Insane asylums Bombay 1873-77 - 1873-1877
Year: 1873
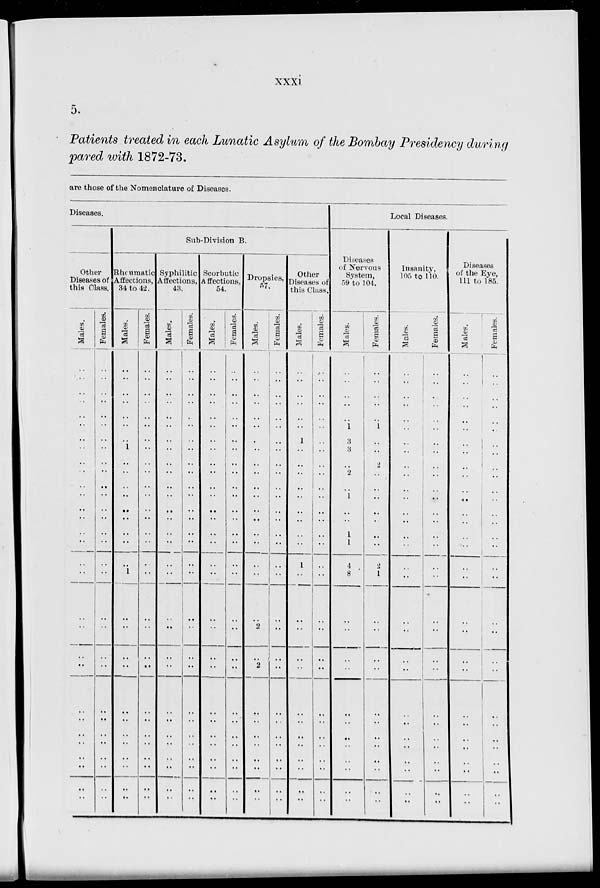
xxxi
5.
Patients treated in each Lunatic Asylum of the Bombay Presidency during
pared with 1872-73.
are those of the Nomenclature of Diseases.
Diseases.
Other
Diseases of
this Class.
Males.
..
..
..
..
..
..
..
..
..
..
..
..
..
..
..
..
..
..
..
..
..
..
..
..
..
..
..
..
..
..
Females.
..
..
..
..
..
..
..
..
..
..
..
..
..
..
..
..
..
..
..
..
..
..
..
..
..
..
..
..
..
..
Sub-Division B.
Rheumatic
Affections,
34 to 42.
Males.
..
..
..
..
..
..
..
1
..
..
..
..
..
..
..
..
..
1
..
..
..
..
..
..
..
..
..
..
..
..
Females.
..
..
..
..
..
..
..
..
..
..
..
..
..
..
..
..
..
..
..
..
..
..
..
..
..
..
..
..
..
..
Syphilitic
Affections,
43.
Males.
..
..
..
..
..
..
..
..
..
..
..
..
..
..
..
..
..
..
..
..
..
..
..
..
..
..
..
..
..
..
Females.
..
..
..
..
..
..
..
..
..
..
..
..
..
..
..
..
..
..
..
..
..
..
..
..
..
..
..
..
..
..
Scorbutic
Affections,
54.
Males.
..
..
..
..
..
..
..
..
..
..
..
..
..
..
..
..
..
..
..
..
..
..
..
..
..
..
..
..
..
..
Females.
..
..
..
..
..
..
..
..
..
..
..
..
..
..
..
..
..
..
..
..
..
..
..
..
..
..
..
..
..
..
Dropsies,
57.
Males.
..
..
..
..
..
..
..
..
..
..
..
..
..
..
..
..
..
..
..
2
..
2
..
..
..
..
..
..
..
..
Females.
..
..
..
..
..
..
..
..
..
..
..
..
..
..
..
..
..
..
..
..
..
..
..
..
..
..
..
..
..
..
Other
Diseases of
this Class.
Males.
..
..
..
..
..
..
1
..
..
..
..
..
..
..
..
..
1
..
..
..
..
..
..
..
..
..
..
..
..
..
Females.
..
..
..
..
..
..
..
..
..
..
..
..
..
..
. .
..
..
..
..
..
..
..
..
..
..
..
..
..
..
..
Local Diseases.
Diseases
of Nervous
System,
59 to 104.
Males.
..
..
..
..
..
1
3
3
..
2
..
1
..
..
1
1
4
8
..
..
..
..
..
..
..
..
..
..
..
..
Females.
..
..
..
..
..
1
..
..
2
..
..
..
..
..
..
..
2
1
..
..
..
..
..
..
..
..
..
..
..
..
Insanity,
105 to 110.
Males.
..
..
..
..
..
..
..
..
..
..
..
..
..
..
..
..
..
..
..
..
..
..
..
..
..
..
..
..
..
..
Females.
..
..
..
..
..
..
..
..
..
..
..
..
..
..
..
..
..
..
..
..
..
..
..
..
..
..
..
..
..
..
Diseases
of the Eye,
111 to 185.
Males.
..
..
..
..
..
..
..
..
..
..
..
..
..
..
..
..
..
..
..
..
..
..
..
..
..
..
..
..
..
..
Females.
..
..
..
..
..
..
..
..
..
..
..
..
..
..
..
..
..
..
..
..
..
..
..
..
..
..
..
..
..
..